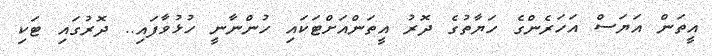
އީތަން އަޔަސް އަހަރެންގެ ހަޔާތުގެ ދޮރު އީތަންއަށްޓަކައި ހުންނާނީ ހުޅުވާފައި.. ދޮރުގައި ޓަކި